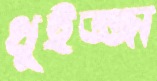
খুইজ্জা